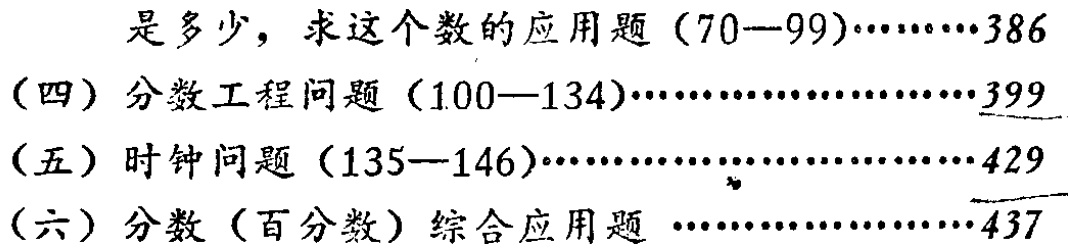
是多少，求这个数的应用题（70—99）……386

（四）分数工程问题（100—134）………………………399

（五）时钟问题（135—146）……………………………429

（六）分数（百分数）综合应用题 ……………………437